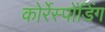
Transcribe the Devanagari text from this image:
कोर्रेस्पोंडिंग